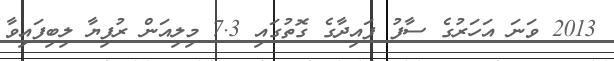
2013 ވަނަ އަހަރުގެ ސާފު ފައިދާގެ ގޮތުގައި 7.3 މިލިއަން ރުފިޔާ ލިބިފައިވާ